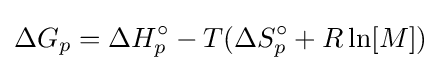
\Delta G_{p}=\Delta H_{p}^{\circ }-T(\Delta S_{p}^{\circ }+R\ln[M])